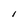
Character: l